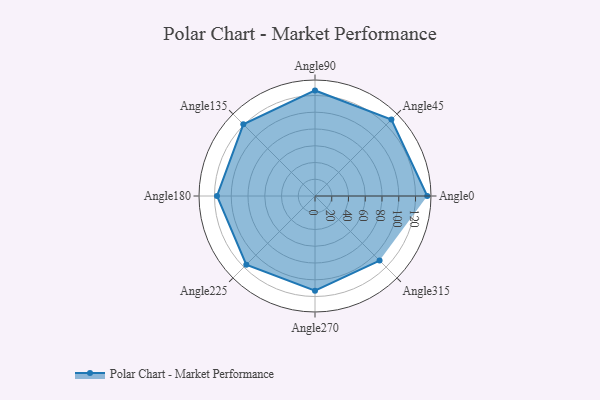
{"axis": {"x": "Angle", "y": "Radius"}, "legend": [""], "data": [{"x": "Angle0", "y": 134.0, "type": ""}, {"x": "Angle45", "y": 129.0, "type": ""}, {"x": "Angle90", "y": 126.0, "type": ""}, {"x": "Angle135", "y": 121.0, "type": ""}, {"x": "Angle180", "y": 117.0, "type": ""}, {"x": "Angle225", "y": 116.0, "type": ""}, {"x": "Angle270", "y": 113.0, "type": ""}, {"x": "Angle315", "y": 109.0, "type": ""}]}